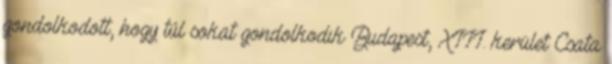
gondolkodott, hogy túl sokat gondolkodik Budapest, XIII. kerület Csata